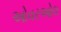
ઓવરઓલ